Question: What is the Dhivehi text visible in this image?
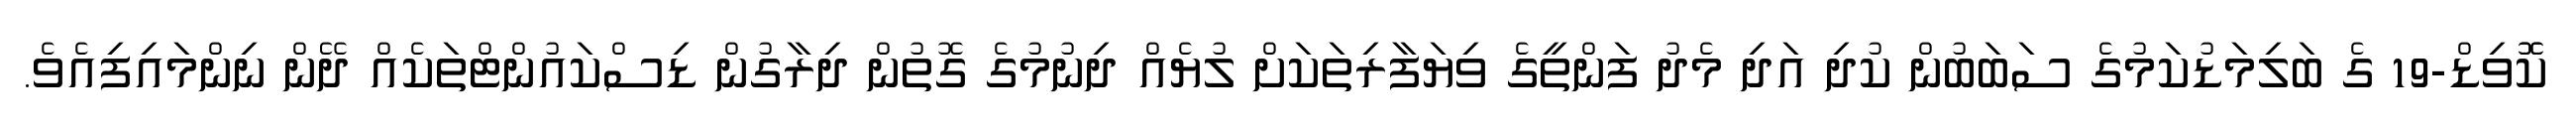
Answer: ކޮޮވިޑް-19 ގެ ބަލިމަޑުކަމުގެ ސަބަބުން ކުދި އަދި މެދު ފަންތީގެ ވިޔަފާރިތަކަށް ލުޔެއް ދިނުމުގެ ގޮތުން ދިރާގުން ޑިސްކައުންޓްތަކެއް ދޭން ނިންމައިފިއެވެ.